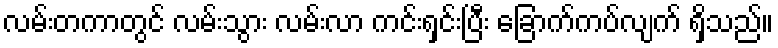
လမ်းတကာတွင် လမ်းသွား လမ်းလာ ကင်းရှင်းပြီး ခြောက်ကပ်လျက် ရှိသည်။